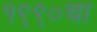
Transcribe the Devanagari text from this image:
१९९०चा